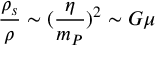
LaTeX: \frac { \rho _ { s } } { \rho } \sim ( \frac { \eta } { m _ { P } } ) ^ { 2 } \sim G \mu